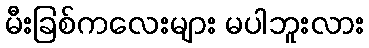
မီးခြစ်ကလေးများ မပါဘူးလား